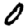
Digit: 0